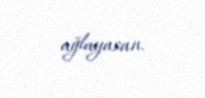
ağlayasan.